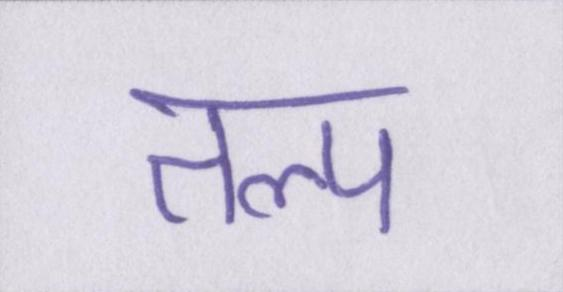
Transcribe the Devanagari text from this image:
तल्प